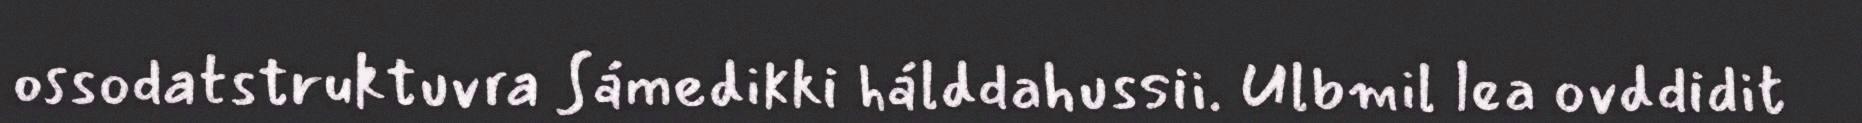
ossodatstruktuvra Sámedikki hálddahussii. Ulbmil lea ovddidit